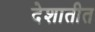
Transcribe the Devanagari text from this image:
देशातीत